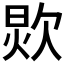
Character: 𰙏